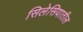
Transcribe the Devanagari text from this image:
सिलेसियातील